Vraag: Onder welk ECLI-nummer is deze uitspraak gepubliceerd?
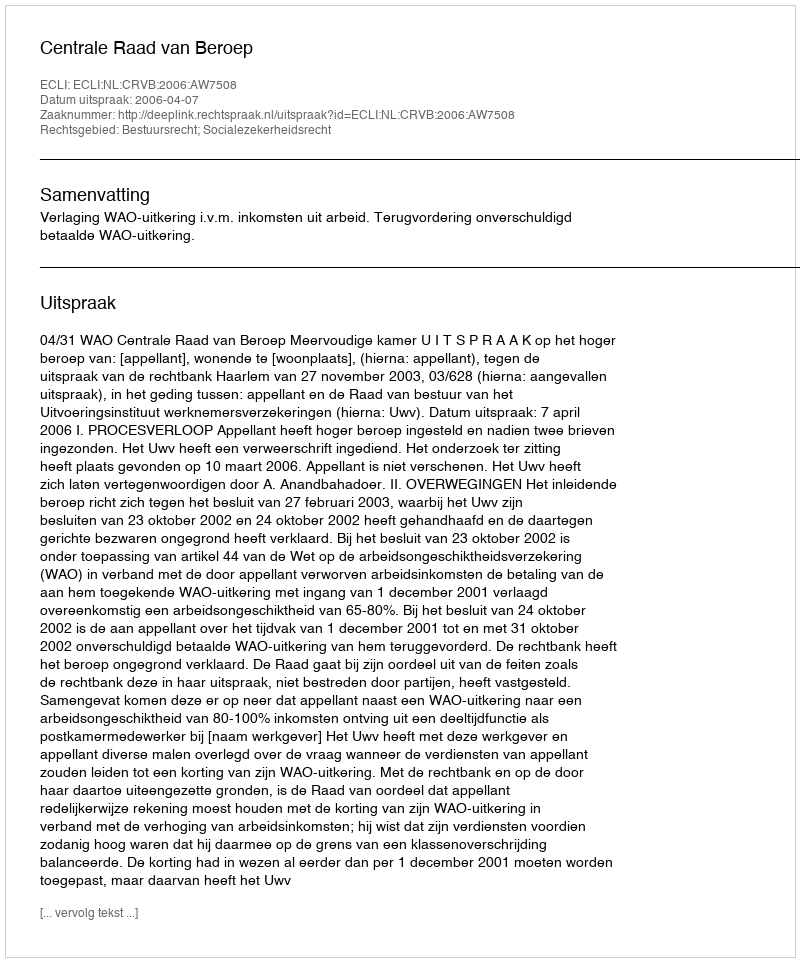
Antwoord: ECLI:NL:CRVB:2006:AW7508